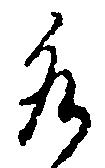
水